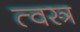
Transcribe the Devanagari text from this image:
त्वस्त्र